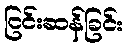
ငြင်းဆန်ခြင်း